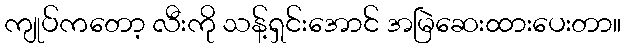
ကျုပ်ကတော့ လီးကို သန့်ရှင်းအောင် အမြဲဆေးထားပေးတာ။